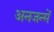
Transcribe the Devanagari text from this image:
अनजन्में